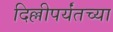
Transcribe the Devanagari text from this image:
दिल्लीपर्यंतच्या